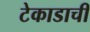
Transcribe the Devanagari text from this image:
टेकाडाची